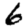
Digit: 6